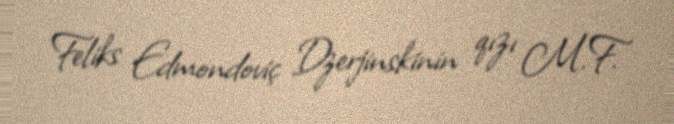
Feliks Edmondoviç Dzerjinskinin qızı M.F.